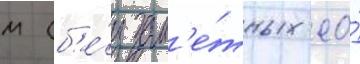
м (б'е́з зам'е́тных ео́